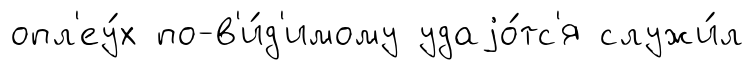
опл'еу́х по-в'и́д'имому удаjо́тс'я служи́л